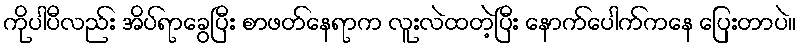
ကိုပါပီလည်း အိပ်ရာခွေပြီး စာဖတ်နေရာက လူးလဲထတဲ့ပြီး နောက်ပေါက်ကနေ ပြေးတာပဲ။